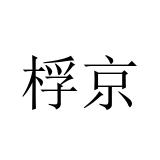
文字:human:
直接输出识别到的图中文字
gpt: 桴京